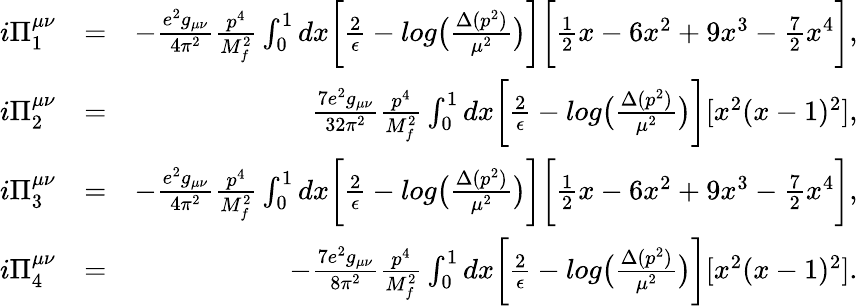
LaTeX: \begin{array}{rlr}{i\Pi_{1}^{\mu\nu}}&{=}&{-\frac{e^{2}g_{\mu\nu}}{4\pi^{2}}\frac{p^{4}}{M_{f}^{2}}\int_{0}^{1}dx\biggl[\frac{2}{\epsilon}-log\bigl(\frac{\Delta(p^{2})}{\mu^{2}}\bigr)\biggr]\biggl[\frac{1}{2}x-6x^{2}+9x^{3}-\frac{7}{2}x^{4}\biggr],}\\ {i\Pi_{2}^{\mu\nu}}&{=}&{\frac{7e^{2}g_{\mu\nu}}{32\pi^{2}}\frac{p^{4}}{M_{f}^{2}}\int_{0}^{1}dx\biggl[\frac{2}{\epsilon}-log\bigl(\frac{\Delta(p^{2})}{\mu^{2}}\bigr)\biggr][x^{2}(x-1)^{2}],}\\ {i\Pi_{3}^{\mu\nu}}&{=}&{-\frac{e^{2}g_{\mu\nu}}{4\pi^{2}}\frac{p^{4}}{M_{f}^{2}}\int_{0}^{1}dx\biggl[\frac{2}{\epsilon}-log\bigl(\frac{\Delta(p^{2})}{\mu^{2}}\bigr)\biggr]\biggl[\frac{1}{2}x-6x^{2}+9x^{3}-\frac{7}{2}x^{4}\biggr],}\\ {i\Pi_{4}^{\mu\nu}}&{=}&{-\frac{7e^{2}g_{\mu\nu}}{8\pi^{2}}\frac{p^{4}}{M_{f}^{2}}\int_{0}^{1}dx\biggl[\frac{2}{\epsilon}-log\bigl(\frac{\Delta(p^{2})}{\mu^{2}}\bigr)\biggr][x^{2}(x-1)^{2}].}\end{array}